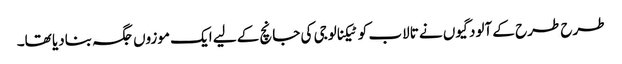
طرح طرح کے آلودگیوں نے تالاب کو ٹیکنالوجی کی جانچ کے لیے ایک موزوں جگہ بنادیا تھا۔